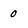
Character: 0